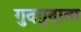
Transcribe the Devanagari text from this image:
गुदगुदाता